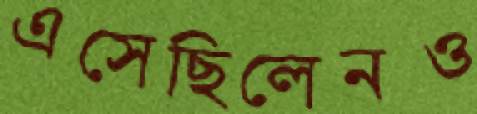
এসেছিলেনও